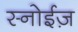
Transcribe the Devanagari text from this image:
स्नोईज़